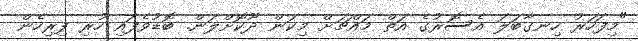
"މިފަހަރު ހިނގާބަލަ އެސޮރުގެ އަތް މައްޗަށް މިކަން ދޫކޮށްލަން. ބޮޑުވެފައި ހުރި ފިރިހެން